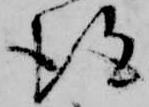
得